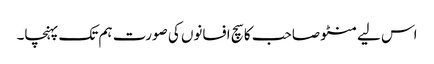
اس لیے منٹو صاحب کا سچ افسانوں کی صورت ہم تک پہنچا۔